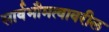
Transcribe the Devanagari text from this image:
सार्वभौमत्वावरील